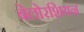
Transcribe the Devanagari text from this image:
बेलोरशियन